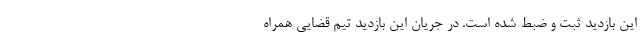
این بازدید ثبت و ضبط شده است. در جریان این بازدید تیم قضایی همراه